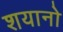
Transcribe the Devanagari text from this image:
शयानो